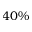
4 0 \%